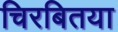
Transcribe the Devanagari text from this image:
चिरबितया